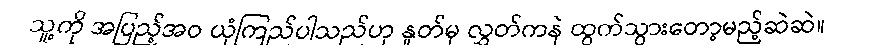
သူ့ကို အပြည့်အဝ ယုံကြည်ပါသည်ဟု နှုတ်မှ လွှတ်ကနဲ ထွက်သွားတော့မည့်ဆဲဆဲ။